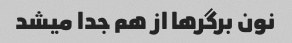
نون برگرها از هم جدا میشد